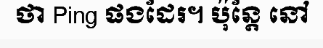
ថា Ping ផងដែរ។ ប៉ុន្តែ នៅ